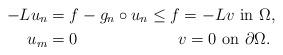
LaTeX: \begin{align*}-L u_n & = f- g_n \circ u_n \leq f = -L v \,\,\mbox{in}\,\, \Omega,\\u_m & =0\,\,\,\,\,~~~~~~~~~~~~~~~~ v= 0 \,\,\mbox{on}\,\,\partial\Omega.\end{align*}